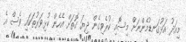
މިއަދު އަޅުގަނޑުމެންނަށް މިސޮއި ކުރެވިގެން ދިޔަ ގޮތަށް އެހެން ކުޅިވަރުތަކައި ވެސް އެ